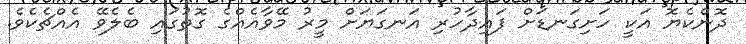
ދޮންކެޔޮ އަކީ ހަށިގަނޑަށް ފައިދާހުރި އަނގަޔަށް މީރު މޭވާއެއްގެ ގޮތުގައި ބެލެވޭ އެއްޗެކެވެ.